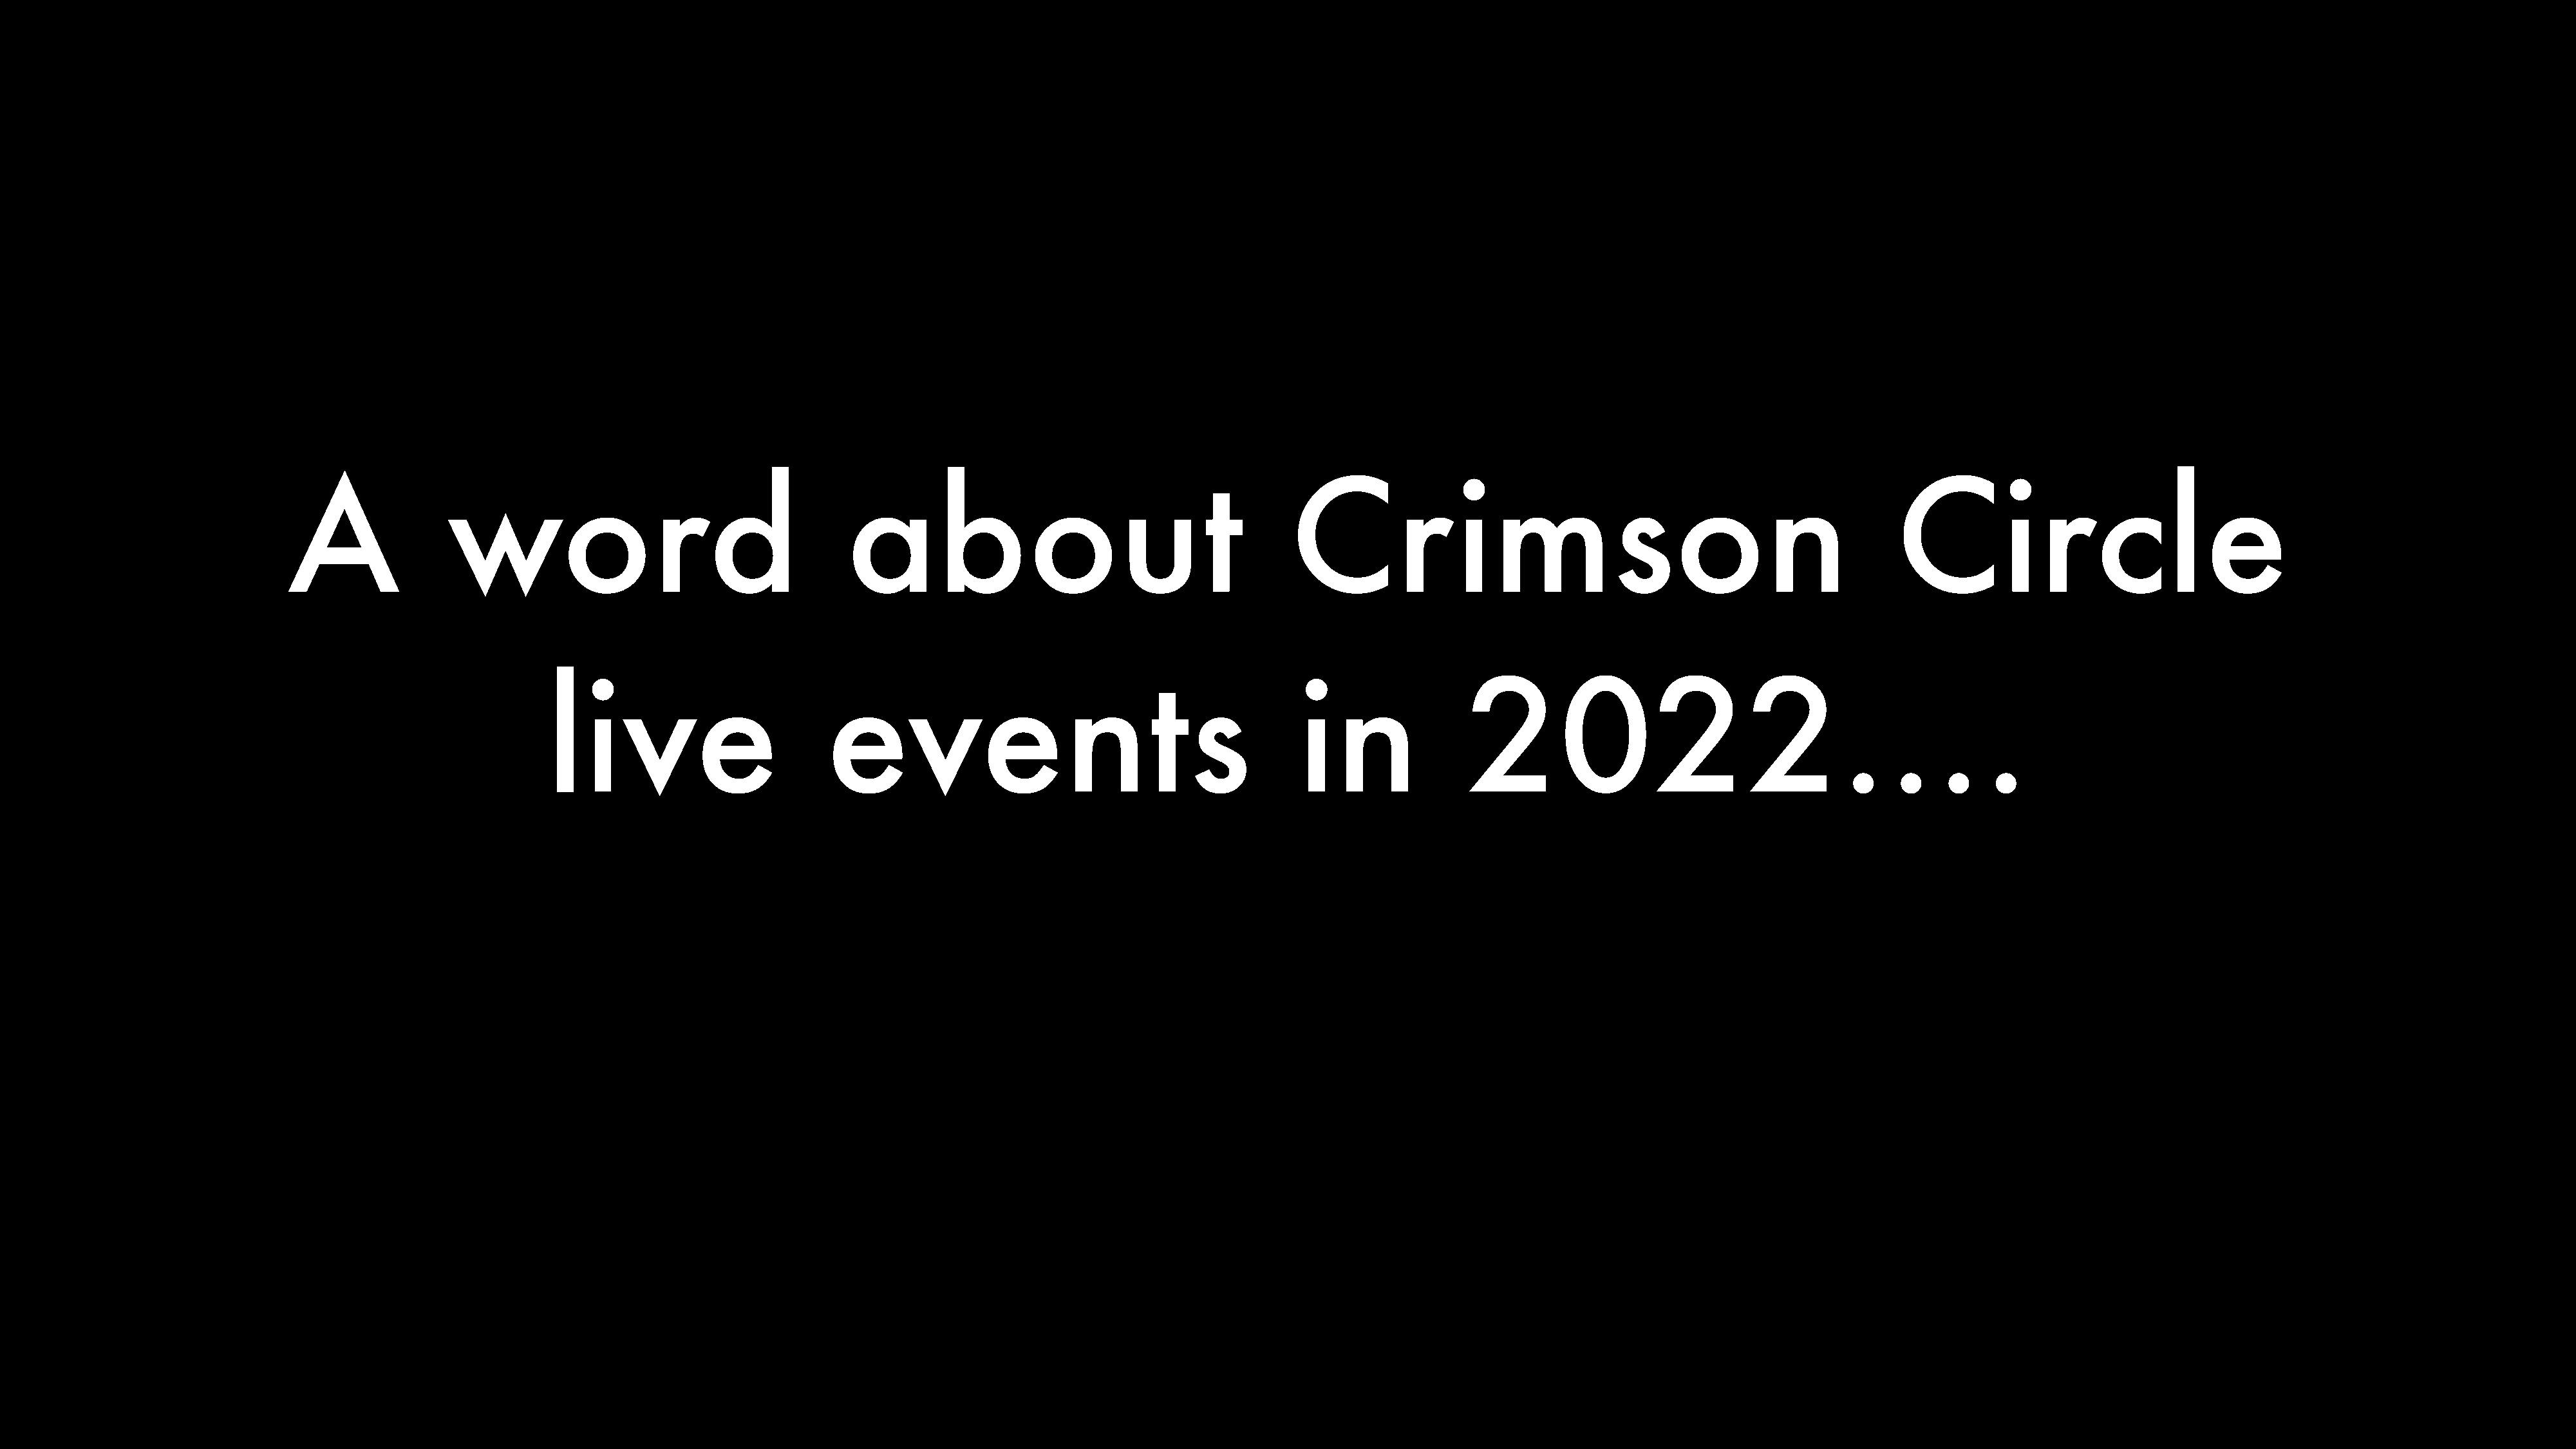
A               word                                     about                                         Crimson                                                       Circle
 live                         events                                          in                2022….